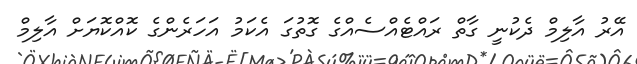
އޭރު އާލިމް ދެކުނީ ގާތް ރައްޓެއްސެއްގެ ގޮތުގަ އެކަމު އަހަރެންގެ ކޮއްކޮޔަށް އާލިމް